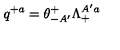
q ^ { + a } = \theta _ { - A ^ { \prime } } ^ { + } \Lambda _ { + } ^ { A ^ { \prime } a }